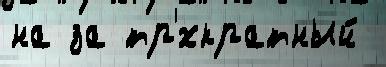
на за тр'́хкратный